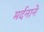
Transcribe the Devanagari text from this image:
मर्दनाने